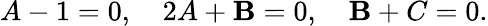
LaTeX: A-1=0,\quad2A+\mathbf{B}=0,\quad\mathbf{B}+C=0.